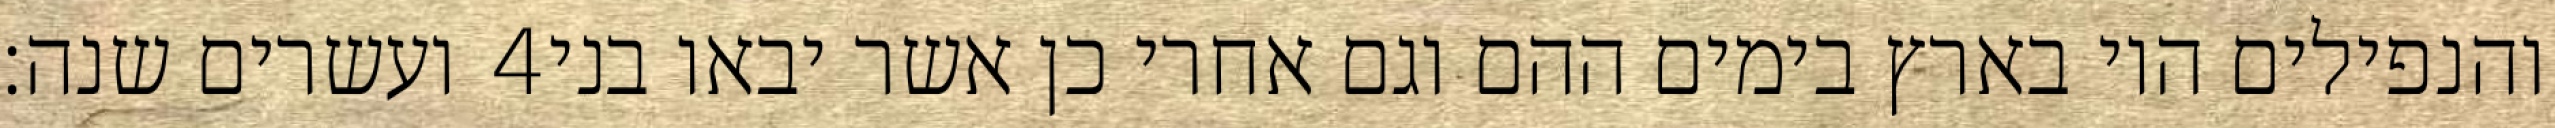
ועשרים שנה׃ ‎4‏ והנפילים היו בארץ בימים ההם וגם אחרי כן אשר יבאו בני